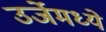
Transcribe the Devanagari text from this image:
उर्जेमध्ये